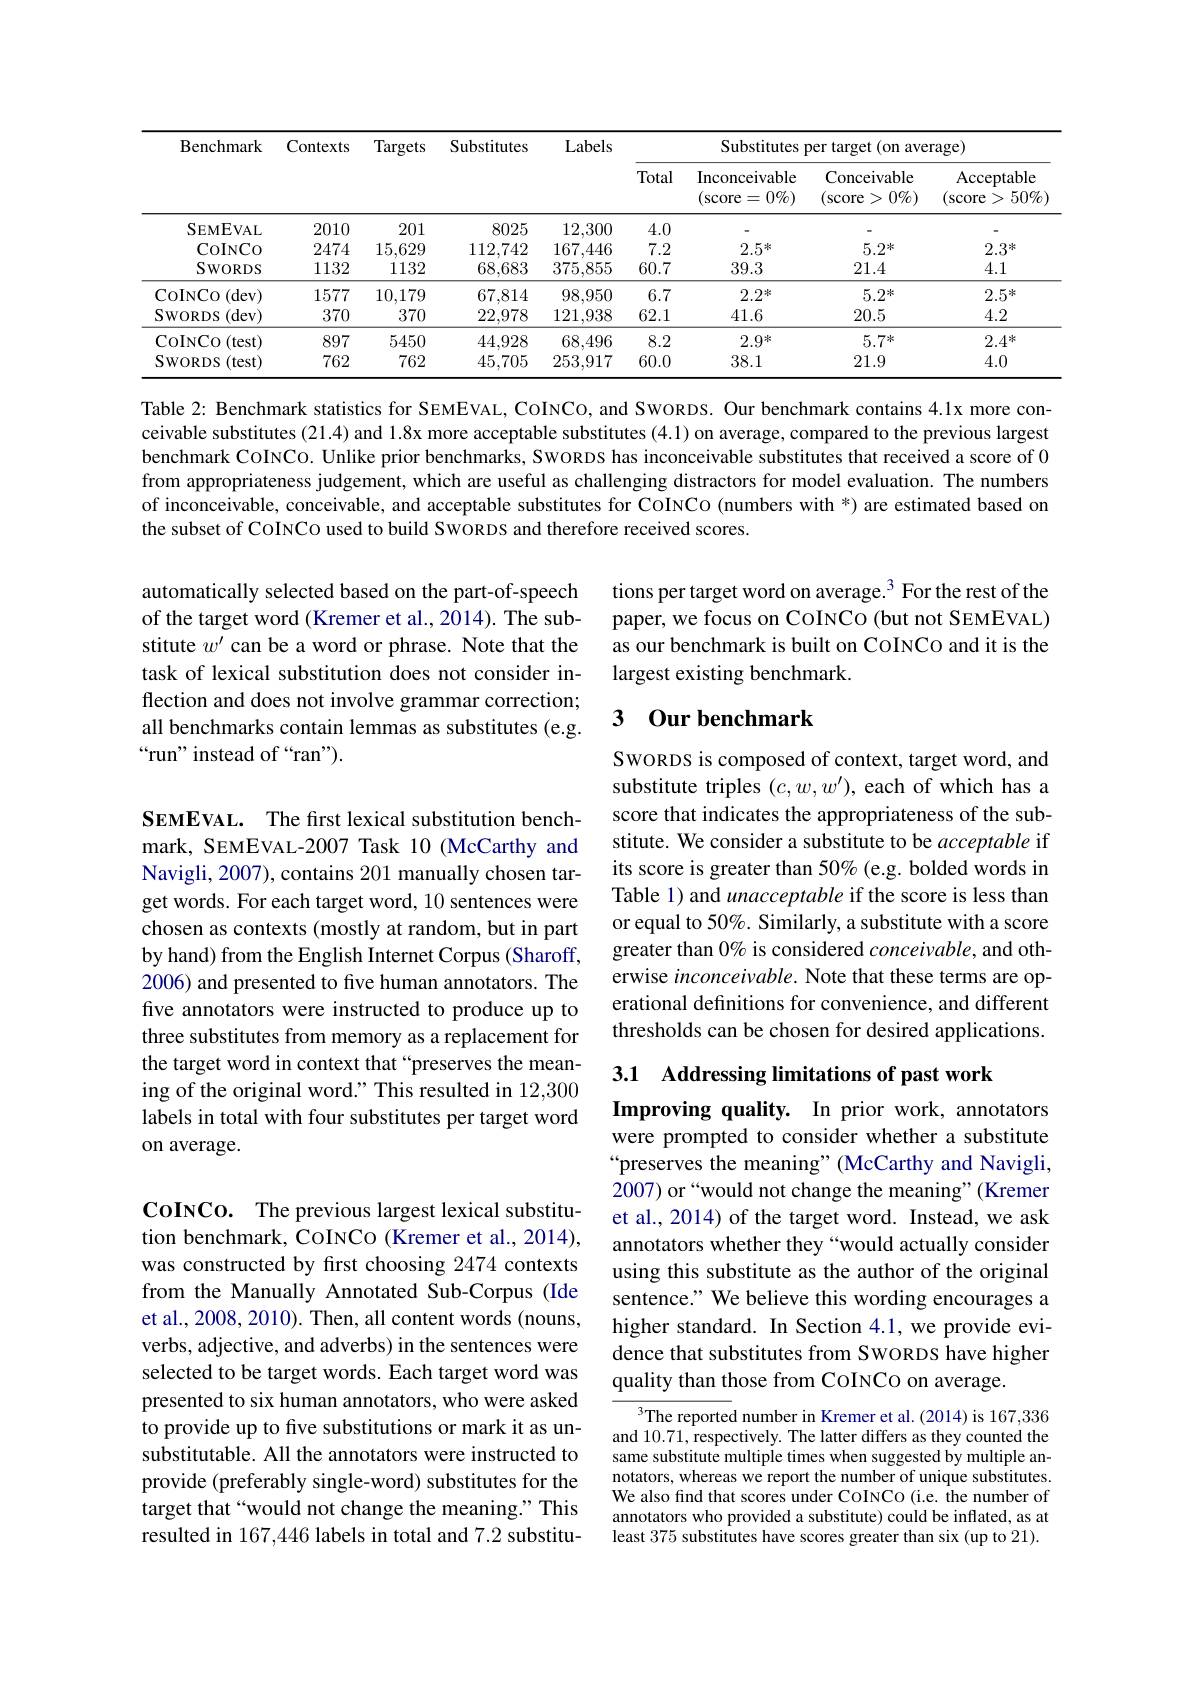
<table>
	<tbody>
		<tr>
			<th rowspan="2">Benchmark</th>
			<th rowspan="2">Contexts</th>
			<th rowspan="2">Targets</th>
			<th rowspan="2">Substitutes</th>
			<th rowspan="2">Labels</th>
			<th colspan="4">Substitutes per target (on average)</th>
		</tr>
		<tr>
			<th>Total</th>
			<th>Inconceivable (score= $=0\%)$</th>
			<th>Conceivable $(\operatorname{score}$ $0\%)$ $\frac{2}{2}$ > </th>
			<th>Acceptable $50\%$ (score ></th>
		</tr>
		<tr>
			<td>SEMEVAL</td>
			<td>2010</td>
			<td>201</td>
			<td>8025</td>
			<td>12,300</td>
			<td>4.0</td>
			<td> </td>
			<td> </td>
			<td> </td>
		</tr>
		<tr>
			<td>CoINCo</td>
			<td>2474</td>
			<td>15,629</td>
			<td>112,742</td>
			<td>167,446</td>
			<td>7.2</td>
			<td>$2.5^{*}$</td>
			<td>$5.2^{*}$</td>
			<td>$2.3^{*}$</td>
		</tr>
		<tr>
			<td>$SWORDS$</td>
			<td>1132</td>
			<td>1132</td>
			<td>68,683</td>
			<td>375,855</td>
			<td>60.7</td>
			<td>39.3</td>
			<td>21.4</td>
			<td>4.1</td>
		</tr>
		<tr>
			<td>COINCO )(dev)</td>
			<td>1577</td>
			<td>10,179</td>
			<td>67,814</td>
			<td>98,950</td>
			<td>6.7</td>
			<td>$2.2^{*}$</td>
			<td>$5.2^{*}$</td>
			<td>$2.5^{*}$</td>
		</tr>
		<tr>
			<td>$SWORDS$ (dev)</td>
			<td>370</td>
			<td>370</td>
			<td>22,978</td>
			<td>121,938</td>
			<td>62.1</td>
			<td>41.6</td>
			<td>20.5</td>
			<td>4.2</td>
		</tr>
		<tr>
			<td>CoINCO (test) 10</td>
			<td>897</td>
			<td>5450</td>
			<td>44,928</td>
			<td>68,496</td>
			<td>8.2</td>
			<td>$2.9^*$</td>
			<td>$5.7^{*}$</td>
			<td>$2.4^{*}$</td>
		</tr>
		<tr>
			<td>$SWORDS$ (test)</td>
			<td>762</td>
			<td>762</td>
			<td>45,705</td>
			<td>253,917</td>
			<td>60.0</td>
			<td>38.1</td>
			<td>21.9</td>
			<td>4.0</td>
		</tr>
	</tbody>
</table>

Table 2: Benchmark statistics for SEMEVAL, COINCO, and SWORDS. Our benchmark contains 4.1x more conceivable substitutes (21.4) and 1.8x more acceptable substitutes (4.1) on average, compared to the previous largest benchmark CoINCo. Unlike prior benchmarks, SWORDS has inconceivable substitutes that received a score of 0 from appropriateness judgement, which are useful as challenging distractors for model evaluation. The numbers of inconceivable, conceivable, and acceptable substitutes for CoINCo (numbers with *) are estimated based on the subset of CoINCo used to build SWORDS and therefore received scores.

tions per target word on average.$^{3}$ For the rest of the paper, we focus on COINCO (but not SEMEVAL) as our benchmark is built on CoINCo and it is the largest existing benchmark.

automatically selected based on the part-of-speech of the target word (Kremer et al., 2014). The substitute $w^\prime$ can be a word or phrase. Note that the task of lexical substitution does not consider inflection and does not involve grammar correction; all benchmarks contain lemmas as substitutes (e.g. “run” instead of “ran”).

## 3 0ur benchmark

SwoRDS is composed of context, target word, and substitute triples $(c,w,w^{\prime})$, each of which has a score that indicates the appropriateness of the substitute. We consider a substitute to be acceptable if its score is greater than 50% (e.g. bolded words in Table 1) and unacceptable if the score is less than or equal to 50%. Similarly, a substitute with a score greater than $0\%$ is considered conceivable, and otherwise inconceivable. Note that these terms are operational definitions for convenience, and different thresholds can be chosen for desired applications.

SEMEVAL. The first lexical substitution benchmark, SEMEVAL-2007 Task 10 (McCarthy and Navigli, 2007), contains 201 manually chosen target words. For each target word, 10 sentences were chosen as contexts (mostly at random, but in part by hand) from the English Internet Corpus (Sharoff, 2006) and presented to fve human annotators. The five annotators were instructed to produce up to three substitutes from memory as a replacement for the target word in context that “preserves the meaning of the original word." This resulted in 12,300 labels in total with four substitutes per target word on average.

3.1 Addressing limitations of past work

Improving quality. In prior work, annotators were prompted to consider whether a substitute “preserves the meaning”(McCarthy and Navigli, 2007) or“would not change the meaning”(Kremer et al., 2014) of the target word. Instead, we ask annotators whether they “would actually consider using this substitute as the author of the original sentence." We believe this wording encourages a higher standard. In Section 4.1,we provide evidence that substitutes from SwoRDS have higher quality than those from COINCO on average.

CoINCo. The previous largest lexical substitution benchmark, CoINCo (Kremer et al., 2014), was constructed by first choosing 2474 contexts from the Manually Annotated Sub-Corpus (Ide et al., 2008, 2010). Then, all content words (nouns, verbs, adjective, and adverbs) in the sentences were selected to be target words. Each target word was presented to six human annotators, who were asked to provide up to five substitutions or mark it as unsubstitutable. All the annotators were instructed to provide (preferably single-word) substitutes for the target that“would not change the meaning.” This resulted in 167,446 labels in total and 7.2 substitu-

$^3$The reported number in Kremer et al.(2014) is 167,336 and 10.71, respectively. The latter differs as they counted the same substitute multiple times when suggested by multiple annotators, whereas we report the number of unique substitutes We also find that scores under COINCO (i.e. the number of annotators who provided a substitute) could be inflated, as at least 375 substitutes have scores greater than six (up to 21).